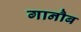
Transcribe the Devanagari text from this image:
गानौब